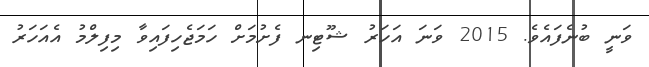
ވަނީ ބުނެފައެވެ. 2015 ވަނަ އަހަރު ޝޫޓިނ ފެށުމަށް ހަމަޖެހިފައިވާ މިފިލްމު އެއަހަރު